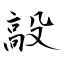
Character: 毃